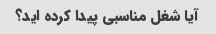
آیا شغل مناسبی پیدا کرده اید؟